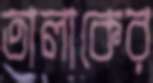
তালাকের